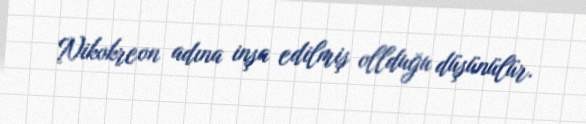
Nikokreon adına inşa edilmiş ollduğu düşünülür.